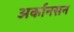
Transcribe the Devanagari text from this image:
अर्कानसन